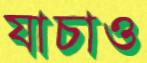
যাচাও